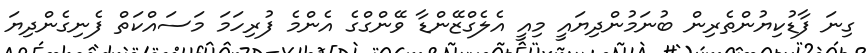
ގިނަ ފާޑުކިޔުންތެރިން ބުނަމުންދިޔައީ މިއީ އެލެގްޒޭންޑާ ވޭންގްގެ އެންމެ ފުރިހަމަ މަސައްކަތް ފެނިގެންދިޔަ